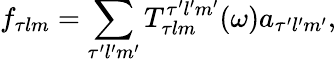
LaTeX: f_{\tau lm}=\sum_{\tau^{\prime}l^{\prime}m^{\prime}}T_{\tau lm}^{\tau^{\prime}l^{\prime}m^{\prime}}(\omega)a_{\tau^{\prime}l^{\prime}m^{\prime}},